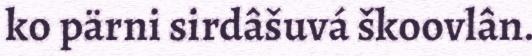
ko pärni sirdâšuvá škoovlân.